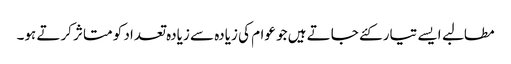
مطالبے ایسے تیار کئے جاتے ہیں جو عوام کی زیادہ سے زیادہ تعداد کو متاثر کرتے ہو۔